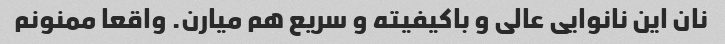
نان این نانوایی عالی و باکیفیته و سریع هم میارن. واقعا ممنونم